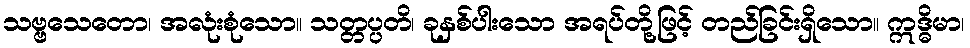
သဗ္ဗသေတော၊ အလုံးစုံသော။ သတ္တပ္ပတိ၊ ခုနှစ်ပါးသော အရပ်တို့ဖြင့် တည်ခြင်းရှိသော။ ဣဒ္ဓိမာ၊